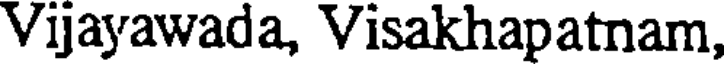
Vijayawada, Visakhapatnam,